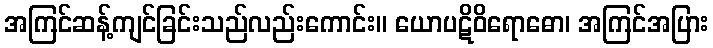
အကြင်ဆန့်ကျင်ခြင်းသည်လည်းကောင်း။ ယောပဋိဝိရောဓော၊ အကြင်အပြား